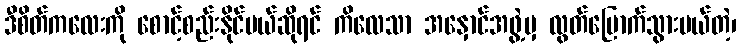
ဒီစိတ်ကလေးကို စောင့်စည်းနိုင်မယ်ဆိုရင် ကိလေသာ အနှောင်အဖွဲ့မှ လွတ်မြောက်သွားမယ်တဲ့၊